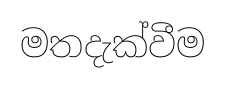
මතදැක්වීම